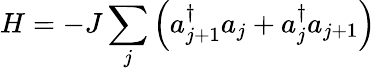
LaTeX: H=-J\sum_{j}\left(a_{j+1}^{\dagger}a_{j}+a_{j}^{\dagger}a_{j+1}\right)